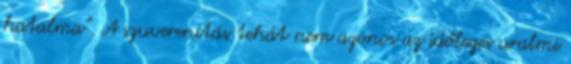
hatalma”. A szuverenitás tehát nem azonos az időleges uralmi